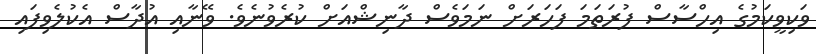
ވަކިވީކަމުގެ އިހްސާސް ފުރަތަމަ ފަހަރަށް ނަމަވެސް ދާނިޝްއަށް ކުރެވުނެވެ. ވޭނާއި އުދާސް އެކުލެވިފައި